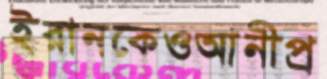
ইরানকেওআনীপ্র